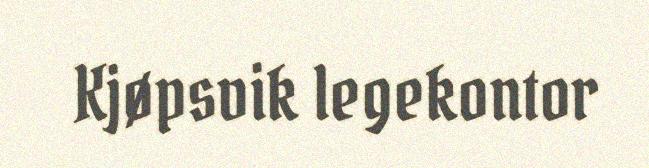
Kjøpsvik legekontor